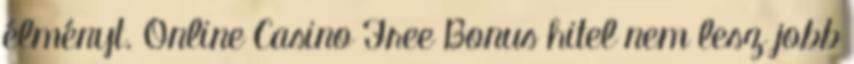
élményt. Online Casino Free Bonus hitel nem lesz jobb